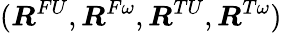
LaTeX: (\boldsymbol{R}^{FU},\boldsymbol{R}^{F\omega},\boldsymbol{R}^{TU},\boldsymbol{R}^{T\omega})